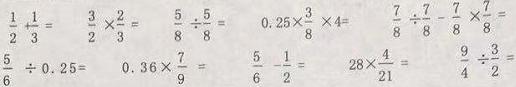
\[
\frac{1}{2}\div\frac{1}{3}=\quad
\frac{3}{2}\times\frac{2}{3}=\quad
\frac{5}{8}\div\frac{5}{8}=\quad
0.25\times\frac{3}{8}\times4=\quad
\frac{7}{8}\div\frac{7}{8}-\frac{7}{8}\times\frac{7}{8}=\\
\frac{5}{6}\div0.25=\quad
0.36\times\frac{7}{9}=\quad
\frac{5}{6}-\frac{1}{2}=\quad
28\times\frac{4}{21}=\quad
\frac{9}{4}\div\frac{3}{2}=
\]